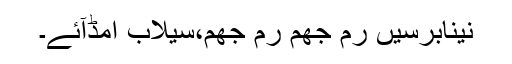
نینابرسیں رم جھم رم جھم،سیلاب امڈآئے۔